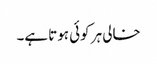
خالی ہر کوئی ہوتا ہے۔